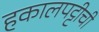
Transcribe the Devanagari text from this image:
हकालपट्टीची